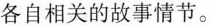
各自相关的故事情节。